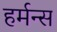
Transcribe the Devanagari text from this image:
हर्मन्स